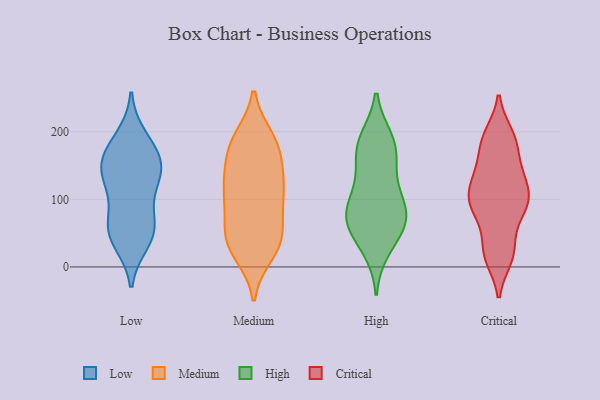
{"axis": {"x": "LTV (USD)", "y": "Value"}, "legend": ["Critical", "High", "Low", "Medium"], "data": [{"x": "", "y": 72, "type": "Low"}, {"x": "", "y": 56, "type": "Low"}, {"x": "", "y": 172, "type": "Low"}, {"x": "", "y": 38, "type": "Low"}, {"x": "", "y": 134, "type": "Low"}, {"x": "", "y": 191, "type": "Low"}, {"x": "", "y": 166, "type": "Low"}, {"x": "", "y": 149, "type": "Low"}, {"x": "", "y": 128, "type": "Low"}, {"x": "", "y": 52, "type": "Low"}, {"x": "", "y": 119, "type": "Low"}, {"x": "", "y": 53, "type": "Low"}, {"x": "", "y": 153, "type": "Low"}, {"x": "", "y": 179, "type": "Medium"}, {"x": "", "y": 28, "type": "Medium"}, {"x": "", "y": 92, "type": "Medium"}, {"x": "", "y": 40, "type": "Medium"}, {"x": "", "y": 142, "type": "Medium"}, {"x": "", "y": 172, "type": "Medium"}, {"x": "", "y": 20, "type": "Medium"}, {"x": "", "y": 189, "type": "Medium"}, {"x": "", "y": 122, "type": "Medium"}, {"x": "", "y": 127, "type": "Medium"}, {"x": "", "y": 36, "type": "Medium"}, {"x": "", "y": 123, "type": "Medium"}, {"x": "", "y": 100, "type": "Medium"}, {"x": "", "y": 64, "type": "Medium"}, {"x": "", "y": 190, "type": "Medium"}, {"x": "", "y": 105, "type": "Medium"}, {"x": "", "y": 56, "type": "Medium"}, {"x": "", "y": 176, "type": "Medium"}, {"x": "", "y": 36, "type": "Medium"}, {"x": "", "y": 121, "type": "High"}, {"x": "", "y": 43, "type": "High"}, {"x": "", "y": 27, "type": "High"}, {"x": "", "y": 72, "type": "High"}, {"x": "", "y": 82, "type": "High"}, {"x": "", "y": 93, "type": "High"}, {"x": "", "y": 181, "type": "High"}, {"x": "", "y": 188, "type": "High"}, {"x": "", "y": 179, "type": "High"}, {"x": "", "y": 64, "type": "High"}, {"x": "", "y": 136, "type": "High"}, {"x": "", "y": 70, "type": "High"}, {"x": "", "y": 171, "type": "High"}, {"x": "", "y": 80, "type": "High"}, {"x": "", "y": 179, "type": "Critical"}, {"x": "", "y": 19, "type": "Critical"}, {"x": "", "y": 144, "type": "Critical"}, {"x": "", "y": 142, "type": "Critical"}, {"x": "", "y": 107, "type": "Critical"}, {"x": "", "y": 121, "type": "Critical"}, {"x": "", "y": 14, "type": "Critical"}, {"x": "", "y": 187, "type": "Critical"}, {"x": "", "y": 85, "type": "Critical"}, {"x": "", "y": 190, "type": "Critical"}, {"x": "", "y": 195, "type": "Critical"}, {"x": "", "y": 98, "type": "Critical"}, {"x": "", "y": 92, "type": "Critical"}, {"x": "", "y": 92, "type": "Critical"}, {"x": "", "y": 106, "type": "Critical"}, {"x": "", "y": 34, "type": "Critical"}, {"x": "", "y": 73, "type": "Critical"}, {"x": "", "y": 136, "type": "Critical"}, {"x": "", "y": 18, "type": "Critical"}]}